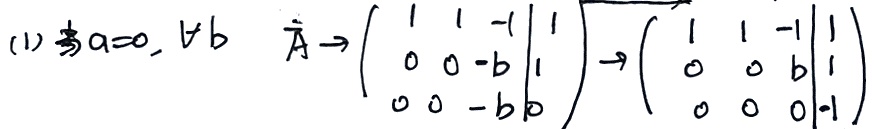
(1) 当\(a = 0,\ b\neq0\) \(\overline{\mathbf{A}}\to\begin{pmatrix}1&1& - 1&1\\0&0&-b&1\\0&0&-b&0\end{pmatrix}\to\begin{pmatrix}1&1& - 1&1\\0&0&b&1\\0&0&0&-1\end{pmatrix}\)